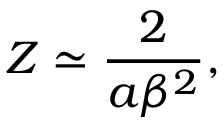
Z \simeq \frac { 2 } { a \beta ^ { 2 } } ,